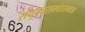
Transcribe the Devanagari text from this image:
संयुक्तसमवेतसमवाय